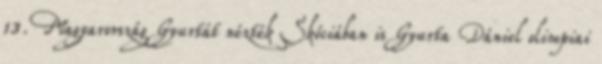
13. Magyarország Gyurtát nézték Skóciában is Gyurta Dániel olimpiai